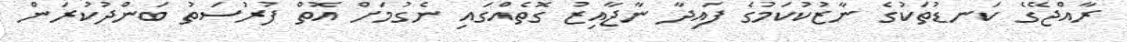
ރާއްޖޭގެ ކަނޑުތަކުގެ ނާޒުކުކަމުގެ ފައިދާ ނާޖާއިޒު ގޮތެއްގައި ނެގުމަށް އޮތް ފުރުސަތު ބަންދުކުރަން